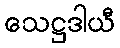
သေဋ္ဌဒါယီ